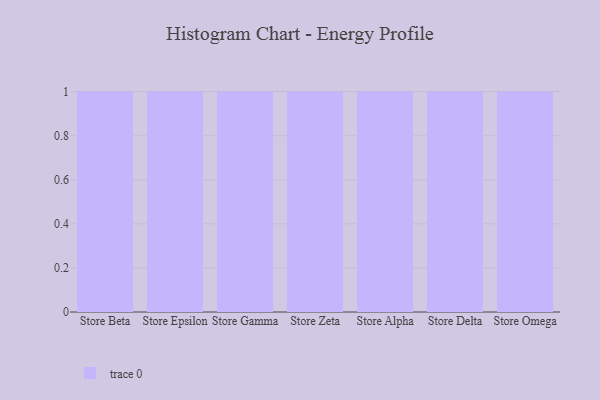
{"axis": {"x": "Store", "y": "Customer Acquisition Cost (USD)"}, "legend": [""], "data": [{"x": "Store Beta", "y": 83, "type": ""}, {"x": "Store Epsilon", "y": 10, "type": ""}, {"x": "Store Gamma", "y": 70, "type": ""}, {"x": "Store Zeta", "y": 70, "type": ""}, {"x": "Store Alpha", "y": 91, "type": ""}, {"x": "Store Delta", "y": 14, "type": ""}, {"x": "Store Omega", "y": 92, "type": ""}]}